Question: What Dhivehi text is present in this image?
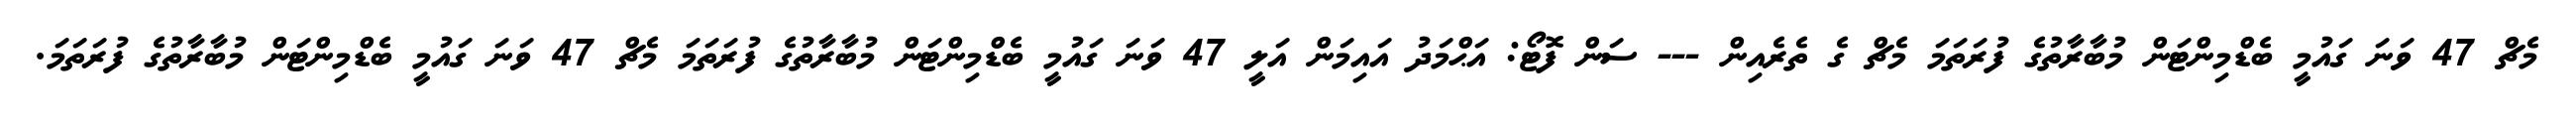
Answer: މެޗް 47 ވަނަ ގައުމީ ބެޑްމިންޓަން މުބާރާތުގެ ފުރަތަމަ މެޗް ގެ ތެރެއިން --- ސަން ފޮޓޯ: އަޙްމަދު އައިމަން އަލީ 47 ވަނަ ގައުމީ ބެޑްމިންޓަން މުބާރާތުގެ ފުރަތަމަ މެޗް 47 ވަނަ ގައުމީ ބެޑްމިންޓަން މުބާރާތުގެ ފުރަތަމަ.